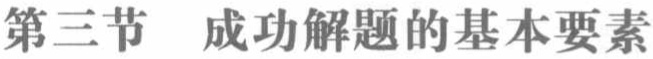
第三节  成功解题的基本要素